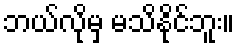
ဘယ်လိုမှ မသိနိုင်ဘူး။